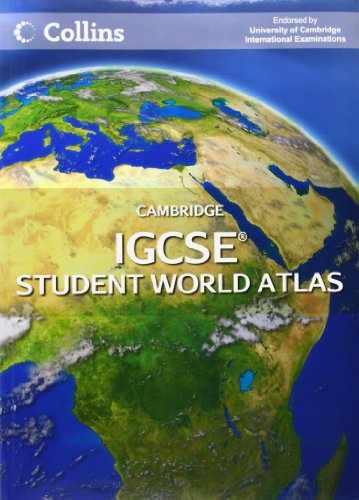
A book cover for Cambridge IGCSE Student World Atlas (Igcse Geography); Collins UK; Teen & Young Adult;